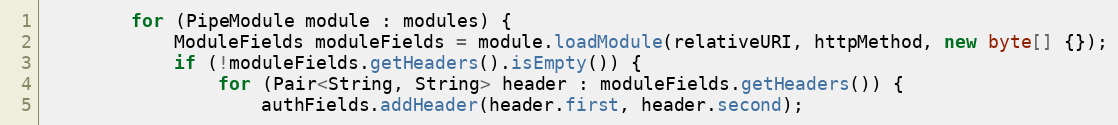
Language: Java
        for (PipeModule module : modules) {
            ModuleFields moduleFields = module.loadModule(relativeURI, httpMethod, new byte[] {});
            if (!moduleFields.getHeaders().isEmpty()) {
                for (Pair<String, String> header : moduleFields.getHeaders()) {
                    authFields.addHeader(header.first, header.second);